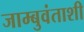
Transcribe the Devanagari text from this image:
जाम्बुवंताशी